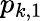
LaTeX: p_{k,1}